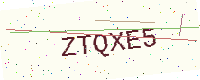
Text: ZTQXE5